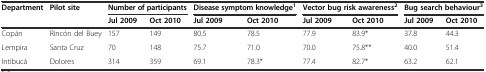
| <ROWSPAN=2> Department | <ROWSPAN=2> Pilot site | <COLSPAN=2> Number of participants | <COLSPAN=2> Disease symptom knowledge1 | <COLSPAN=2> Vector bug risk awareness2 | <COLSPAN=2> Bug search behaviour3 |
 | Jul 2009 | Oct 2010 | Jul 2009 | Oct 2010 | Jul 2009 | Oct 2010 | Jul 2009 | Oct 2010 |
 | --- | --- | --- | --- | --- | --- | --- | --- | --- | --- |
 | Copán | Rincón del Buey | 157 | 149 | 80.5 | 78.5 | 77.9 | 83.9* | 37.8 | 44.3 |
 | Lempira | Santa Cruz | 70 | 148 | 75.7 | 71.0 | 70.0 | 75.8** | 40.0 | 51.4 |
 | Intibucá | Dolores | 314 | 359 | 69.1 | 78.3* | 77.4 | 82.7* | 63.2 | 62.1 |